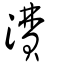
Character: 㵒